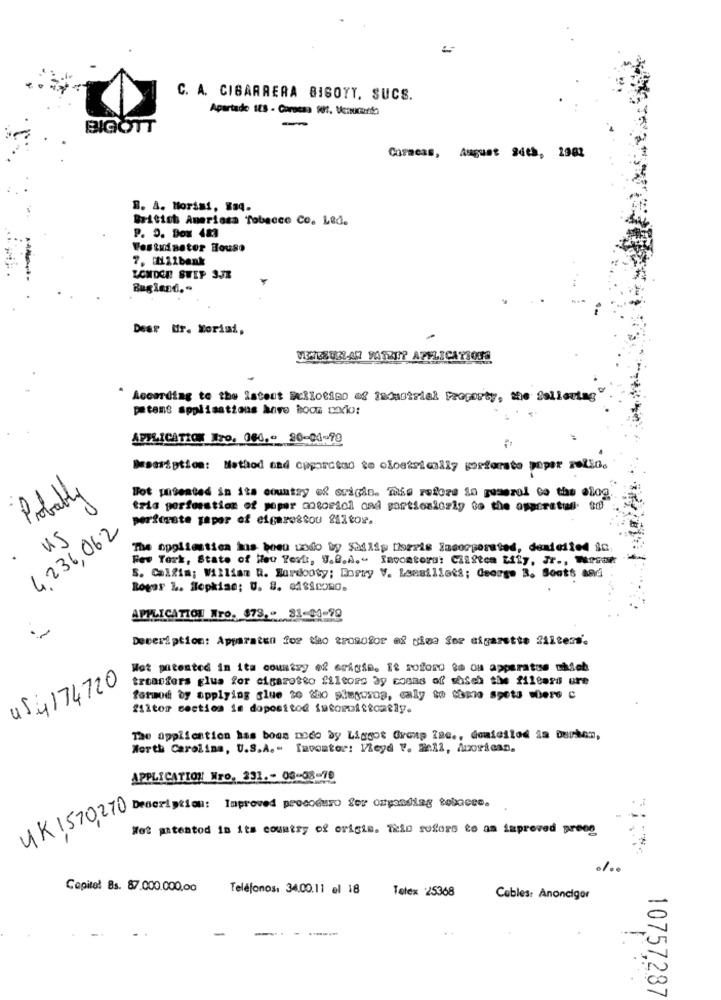
=
C. A. CIBARRERA BIGOYY, SUCS.
Apartado 123 - Caracas 01. Veaucanto
BIGOTT
Caracas, August 4th, 1901
B. A. Morini, Esq.
British Amarissa Tobacco Co. Led.
P. O. Box 483
Festudastor House
7. Hilbank
LONDON! SWIP 3JE
Bugland."
Dear Mr. Morisi,
JENKAUZLAR VATKIP APPLICATIONS
According to the latent #cllotion of ladustrial Property, the fallentag
petans applisations have hoon podio:
APPLICATION Tro. 060 ,- 20-04-99
Description: Method and cpporctuo to oloetsically porforste poper relio.
Probably
Bot patented in its country of origin. This refors so geserol to the olog
tris perforation of paper meoracl cad particularly to the opportun to
perfieste papor of cigarestou 212tor.
4,236,06.2
us
The opglientica ins boeu undo by Sadlip Dozris Incorporated, demieiled in
Few Terk, State of Meu Terk, 9.0.A." Iacontoru: Cilften Lily, Jr ., Forcar
S. Calfim; William Q. Bordooty; Porry V. Laesillets; George B. Boots and
Roger L. Hopkise; U. 8. 418Sco80.
APPLICATION Nro. 673, 81-04-99
Description: Apparaten for tho trosofor of uma for sigarette filters.
Wat patented in ita country of origin. It soforo sa ou apparatus chich
tranfers glua for cigaretto filtors by cosas of shich the f11ters ure
us 4174720
formod by applying slue 30 $ho piegosoa, caly so tinta spets where c
f1ltor section is dopositod istoruittoatly.
The application has boon nedo by Liggot Group Inc ., demieilod ia burken,
North Carolina, U.S.A .- Invoator: Ileyd V. Mell, Atorican.
APPLICATION Nro. 391 .- 08-08-70
AK 1570,270 Ordeription: Improved procoduro for organdiag 8000000.
Wet patented is it's country of origin. This refers to an improved preng
Capitol Bs. 87.000.000,00
Teléfonos: 34.00.11 el 18
Telex 25368
Cables: Anoncigor
10757,287